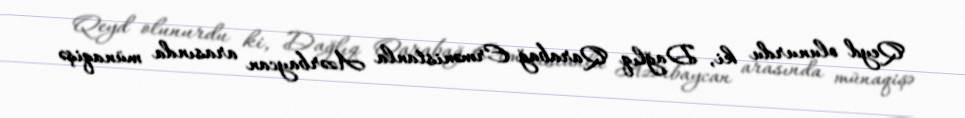
Qeyd olunurdu ki, Dağlıq Qarabağ Ermənistanla Azərbaycan arasında münaqişə